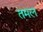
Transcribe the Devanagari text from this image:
तमल